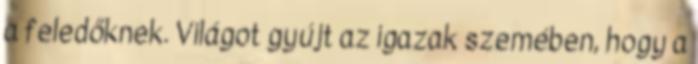
a feledőknek. Világot gyújt az igazak szemében, hogy a